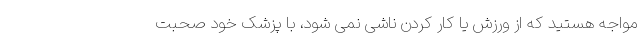
مواجه هستید که از ورزش یا کار کردن ناشی نمی شود، با پزشک خود صحبت